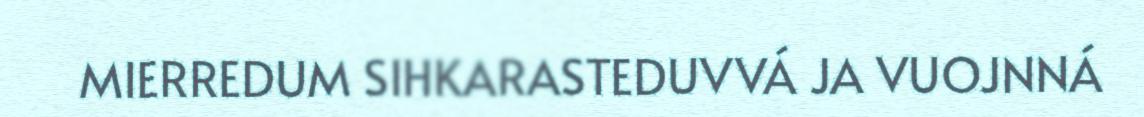
MIERREDUM SIHKARASTEDUVVÁ JA VUOJNNÁ